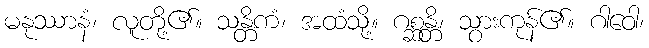
မနုဿာနံ၊ လူတို့၏။ သန္တိကံ၊ အထံသို့။ ဂစ္ဆန္တိ၊ သွားကုန်၏။ ဂါဝေါ၊